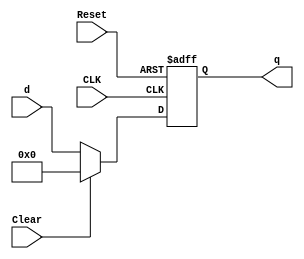
`timescale 1ns / 1ps
//////////////////////////////////////////////////////////////////////////////////
// Company: 
// Engineer: 
// 
// Design Name: 
// Module Name: floprc
// Project Name: 
// Target Devices: 
// Tool Versions: 
// Description: 
// 
// Dependencies: 
// 
// Revision:
// Revision 0.01 - File Created
// Additional Comments:
// 
//////////////////////////////////////////////////////////////////////////////////


module floprc#(parameter WIDTH = 8) (CLK, Reset, Clear, d, q);
	input CLK; //clock
	input Reset; //reset
	input Clear;//clear
	input [WIDTH - 1: 0] d; //
	output reg [WIDTH - 1: 0] q;
	
	always @(posedge CLK, posedge Reset)
	begin
		if (Reset) q <= 0;
		else if(Clear) q <= 0;
		else q <= d;// d fist, q second
	end
endmodule